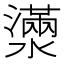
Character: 𤁞